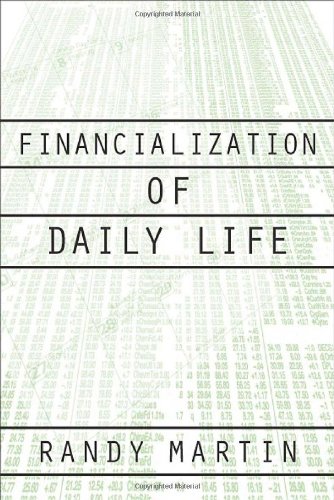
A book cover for Financialization Of Daily Life (Labor In Crisis); Randy Martin; Business & Money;